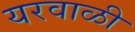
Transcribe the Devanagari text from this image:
यरवाळी